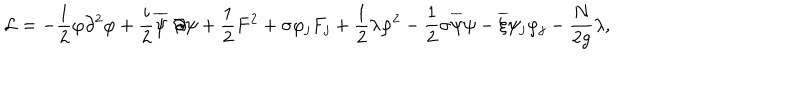
LaTeX: { \cal L } = - \frac 1 2 \varphi \partial ^ { 2 } \varphi + \frac { i } { 2 } \overline { { \psi } } \not \! \partial \psi + \frac 1 2 F ^ { 2 } + \sigma \varphi _ { j } F _ { j } + \frac 1 2 \lambda \varphi ^ { 2 } - \frac 1 2 \sigma \overline { { \psi } } \psi - \overline { { \xi } } \psi _ { j } \varphi _ { j } - \frac { N } { 2 g } \lambda ,